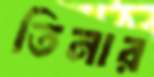
তিনার